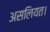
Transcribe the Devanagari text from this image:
असलियत।